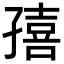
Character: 㝆